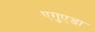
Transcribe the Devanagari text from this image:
एगुएडा